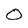
Character: O